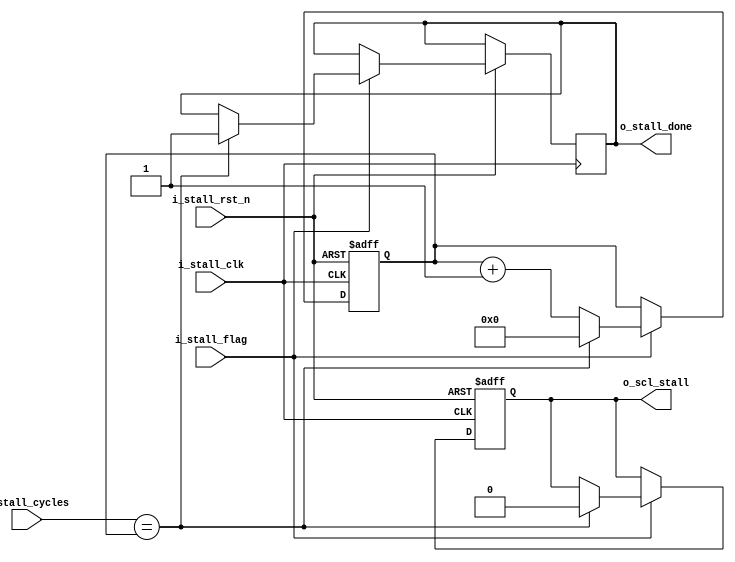
`timescale 1ns / 1ps
//////////////////////////////////////////////////////////////////////////////////
// Company: 
// 
// Design Name: 
// Module Name: scl_staller
// Project Name: 
// Target Devices: 
// Tool Versions: 
// Description: 
// 
// Dependencies: 
// 
// Revision:
// Revision 0.01 - File Created
// Additional Comments:
// 
//////////////////////////////////////////////////////////////////////////////////


module scl_staller(
input wire       i_stall_clk ,
input wire       i_stall_rst_n,
input wire       i_stall_flag,
input wire [3:0] i_stall_cycles,
output reg       o_stall_done,
output reg       o_scl_stall
    );
    
 reg [3:0] count = 4'b0 ;
    
always@(posedge i_stall_clk or negedge i_stall_rst_n)
 begin 
  if(~i_stall_rst_n)
    begin 
      o_scl_stall <= 1'b0 ;
      count <= 4'b0 ;
    end
  else if(i_stall_flag)
    begin
      if (i_stall_cycles == count)  
        begin
            o_scl_stall <= 1'b0 ;
            count <= 4'b0 ;
            o_stall_done <= 1'b1;
        end        
      else 
        begin      
             
count <= count + 4'b1 ;
        end
    end
  end
    
endmodule